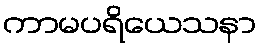
ကာမပရိယေသနာ